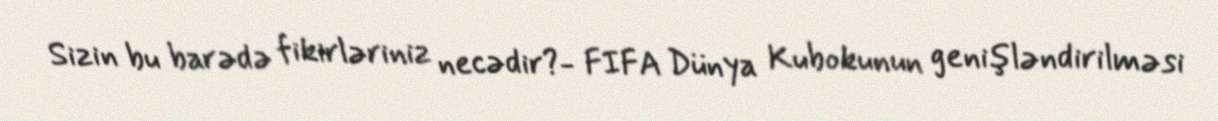
Sizin bu barədə fikirləriniz necədir?- FIFA Dünya Kubokunun genişləndirilməsi